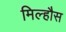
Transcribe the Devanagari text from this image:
मिल्हौस